Indian journal of veterinary science and animal husbandry - Volume 6,
Year: 1936
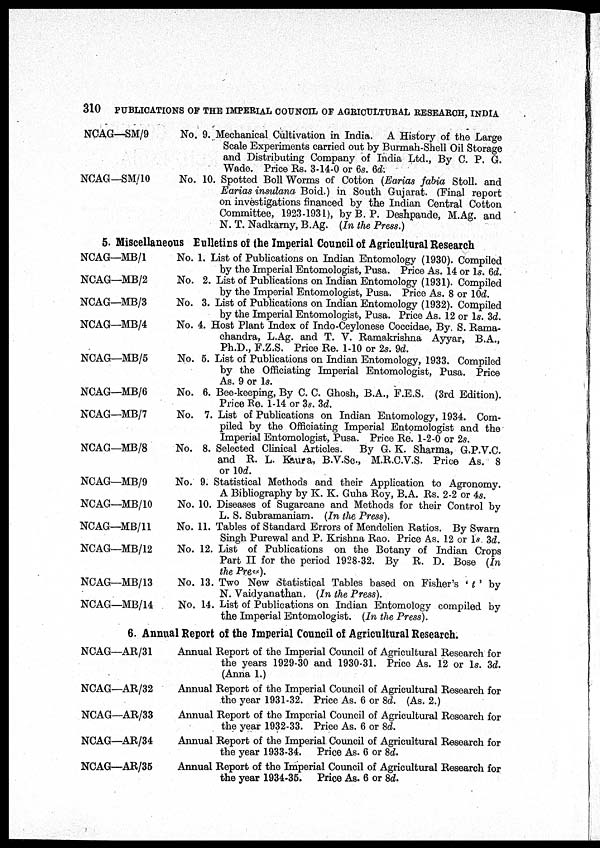
310 PUBLICATIONS OF THE IMPERIAL COUNCIL OF AGRICULTURAL RESEARCH, INDIA
NCAG—SM/9
NCAG—SM/10
No. 9.
No. 10.
Mechanical Cultivation in India. A History of the Large
Scale Experiments carried out by Burmah-Shell Oil Storage
and Distributing Company of India Ltd., By C. P. G.
Wade. Price Rs. 3-14-0 or 6s. 6d.
Spotted Boll Worms of Cotton (Earias fabia Stoll. and
Earias insulana Boid.) in South Gujarat. (Final report
on investigations financed by the Indian Central Cotton
Committee, 1923-1931), by B. P. Deshpande, M.Ag. and
N. T. Nadkarny, B.Ag. (In the Press.)
5.Miscellaneous Bulletins of the Imperial Council of Agricultural Research
NCAG—MB/1
NCAG—MB/2
NCAG—MB/3
NCAG—MB/4
NCAG—MB/5
NCAG—MB/6
NCAG—MB/7
NCAG—MB/8
NCAG—MB/9
NCAG—MB/10
NCAG—MB/11
NCAG—MB/12
NCAG—MB/13
NCAG—MB/14
No. 1.
No. 2.
No. 3.
No. 4.
No. 5.
No. 6.
No. 7.
No. 8.
No. 9.
No. 10.
No. 11.
No. 12.
No. 13.
No. 14.
List of Publications on Indian Entomology (1930). Compiled
by the Imperial Entomologist, Pusa. Price As. 14 or 1s. 6d.
List of Publications on Indian Entomology (1931). Compiled
by the Imperial Entomologist, Pusa. Price As. 8 or 10d.
List of Publications on Indian Entomology (1932). Compiled
by the Imperial Entomologist, Pusa. Price As. 12 or 1s. 3d.
Host Plant Index of Indo-Ceylonese Coccidae, By. S. Rama-
chandra, L.Ag. and T. V. Ramakrishna Ayyar, B.A.,
Ph.D., F.Z.S. Price Re. 1-10 or 2s. 9d.
List of Publications on Indian Entomology, 1933. Compiled
by the Officiating Imperial Entomologist, Pusa. Price
As. 9 or 1s.
Bee-keeping, By C. C. Ghosh, B.A., F.E.S. (3rd Edition).
Price Re. 1-14 or 3s. 3d.
List of Publications on Indian Entomology, 1934. Com-
piled by the Officiating Imperial Entomologist and the
Imperial Entomologist, Pusa. Price Re. 1-2-0 or 2s.
Selected Clinical Articles.
By G. K. Sharma, G.P.V.C.
and R. L. Kaura, B.V.Sc., M.R.C.V.S. Price As. 8
or 10d.
Statistical Methods and their Application to Agronomy.
A Bibliography by K. K. Guha Roy, B.A. Rs. 2-2 or 4s.
Diseases of Sugarcane and Methods for their Control by
L. S. Subramaniam. (In the Press).
Tables of Standard Errors of Mendelien Ratios. By Swarn
Singh Purewal and P. Krishna Rao. Price As. 12 or 1s 3d.
List of Publications on the Botany of Indian Crops
Part II for the period 1928-32. By R. D. Bose (In
the Press).
Two New Statistical Tables based on Fisher's ' t ' by
N. Vaidyanathan. (In the Press).
List of Publications on Indian Entomology compiled by
the Imperial Entomologist. (In the Press).
6. Annual Report of the Imperial Council of Agricultural Research.
NCAG—AR/31
NCAG—AR/32
NCAG—AR/33
NCAG—AR/34
NCAG—AR/35
Annual Report of the Imperial Council of Agricultural Research for
the years 1929-30 and 1930-31. Price As. 12 or 1s. 3d.
(Anna 1.)
Annual Report of the Imperial Council of Agricultural Research for
the year 1931-32. Price As. 6 or 8d. (As. 2.)
Annual Report of the Imperial Council of Agricultural Research for
the year 1932-33. Price As. 6 or 8d.
Annual Report of the Imperial Council of Agricultural Research for
the year 1933-34.
Price As. 6 or 8d.
Annual Report of the Imperial Council of Agricultural Research for
the year 1934-35. Price As. 6 or 8d.